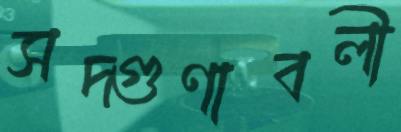
সদ্‌গুণাবলী